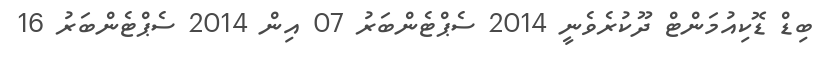
ބިޑް ޑޮކިއުމަންޓް ދޫކުރެވެނީ 2014 ސެޕްޓެންބަރު 07 އިން 2014 ސެޕްޓެންބަރު 16